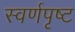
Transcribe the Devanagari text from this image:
स्वर्णपृष्ट